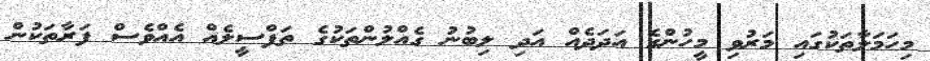
މިހަމަލާތަކުގައި މަރުވި މީހުންގެ އަދަދެއް އަދި ލިބުނު ގެއްލުންތަކުގެ ތަފްސީލެއް އެއްވެސް ފަރާތަކުން